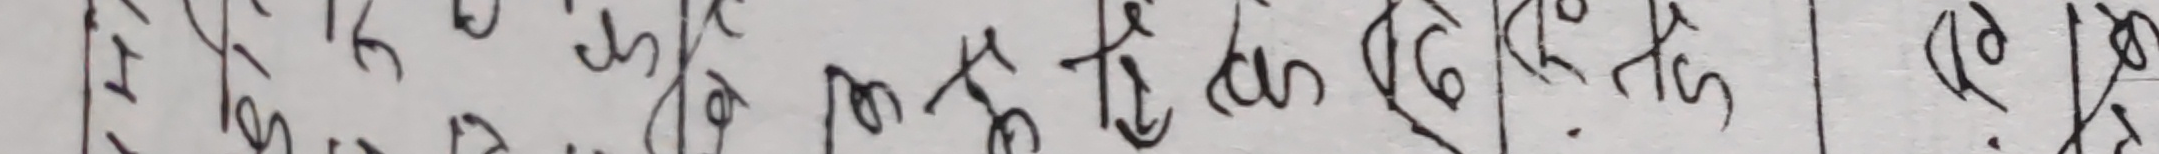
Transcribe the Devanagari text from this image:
त्यो केहि छ।